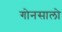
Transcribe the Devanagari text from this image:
गोनसालो